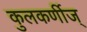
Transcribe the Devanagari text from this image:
कुलकर्णीज्